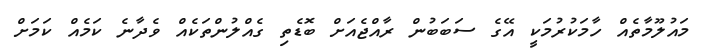
މައުލޫމާތެއް ހާމަކުރުމަކީ އޭގެ ސަބަބުން ރާއްޖެއަށް ބޮޑެތި ގެއްލުންތަކެއް ވެދާނެ ކަމެއް ކަަމަށް